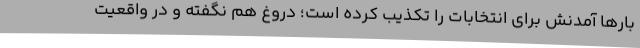
بارها آمدنش برای انتخابات را تکذیب کرده است؛ دروغ هم نگفته و در واقعیت